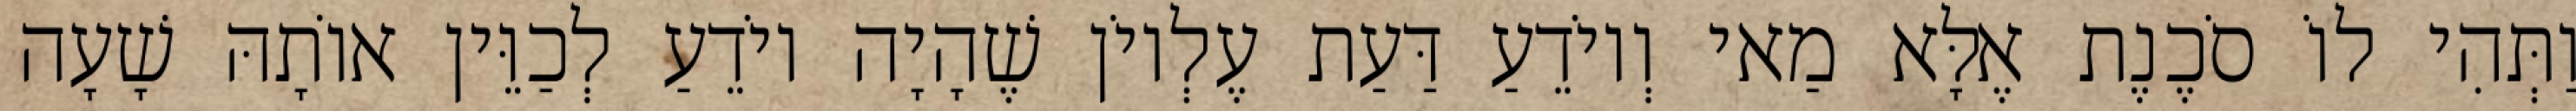
וַתְּהִי לוֹ סֹכֶנֶת אֶלָּא מַאי וְיוֹדֵעַ דַּעַת עֶלְיוֹן שֶׁהָיָה יוֹדֵעַ לְכַוֵּין אוֹתָהּ שָׁעָה